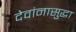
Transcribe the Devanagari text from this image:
देवांनासुद्धा